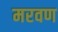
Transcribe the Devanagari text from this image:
मरवण